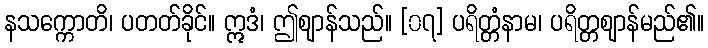
နသက္ကောတိ၊ ပတတ်ခိုင်။ ဣဒံ၊ ဤဈာန်သည်။ [၀၇] ပရိတ္တံနာမ၊ ပရိတ္တဈာန်မည်၏။